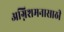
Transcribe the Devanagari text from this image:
अग्निशमनासाठी